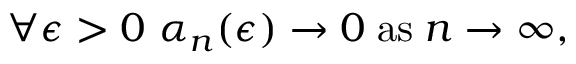
\forall \epsilon > 0 \, \, \alpha _ { n } ( \epsilon ) \to 0 \mathrm { { \; a s \; } } n \to \infty ,